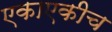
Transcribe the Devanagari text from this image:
एकाएकीच